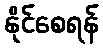
နိုင်စေရန်